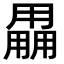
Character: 𤰌